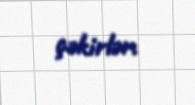
çəkirlər.